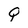
Character: Q